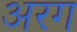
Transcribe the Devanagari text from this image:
अरग